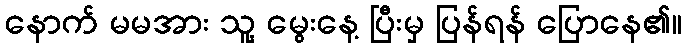
နောက် မမအား သူ့ မွေးနေ့ ပြီးမှ ပြန်ရန် ပြောနေ၏။